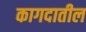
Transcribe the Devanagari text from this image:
कागदातील